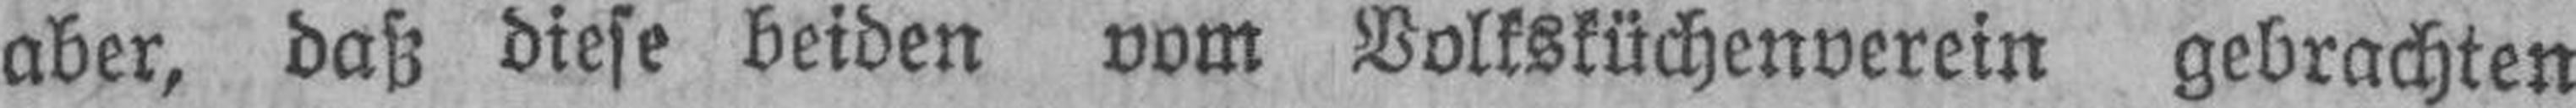
aber, daß diese beiden vom Volksküchenverein gebrachten